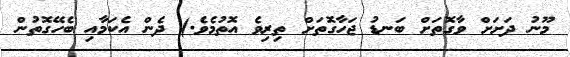
މޫނު ދަށަށް ވާގޮތަށް ބަނޑު ޖަހާގޮތަށް ތިރިވެ އޮތުމެވެ.) ދެން އެކަމާއި ބެހޭގޮތުން